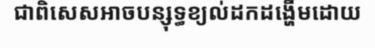
ជាពិសេសអាចបន្សុទ្ធខ្យល់ដកដង្ហើមដោយ